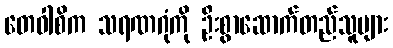
တေဝါစိက သရဏဂုံကို ဦးစွာဆောက်တည်သူများ